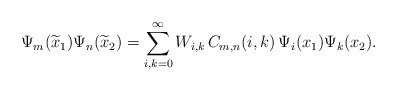
\begin{align*}\Psi_{m}(\widetilde{x}_1)\Psi_{n}(\widetilde{x}_2)=\sum_{i,k=0}^{\infty}W_{i,k}\,C_{m,n}(i,k)\,\Psi_{i}(x_1)\Psi_{k}(x_2).\end{align*}